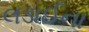
લડાઈના